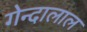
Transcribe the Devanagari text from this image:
गेन्दालाल